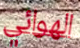
الهوائي